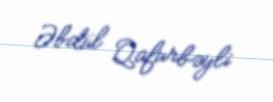
Əbdül Qafurbəyli